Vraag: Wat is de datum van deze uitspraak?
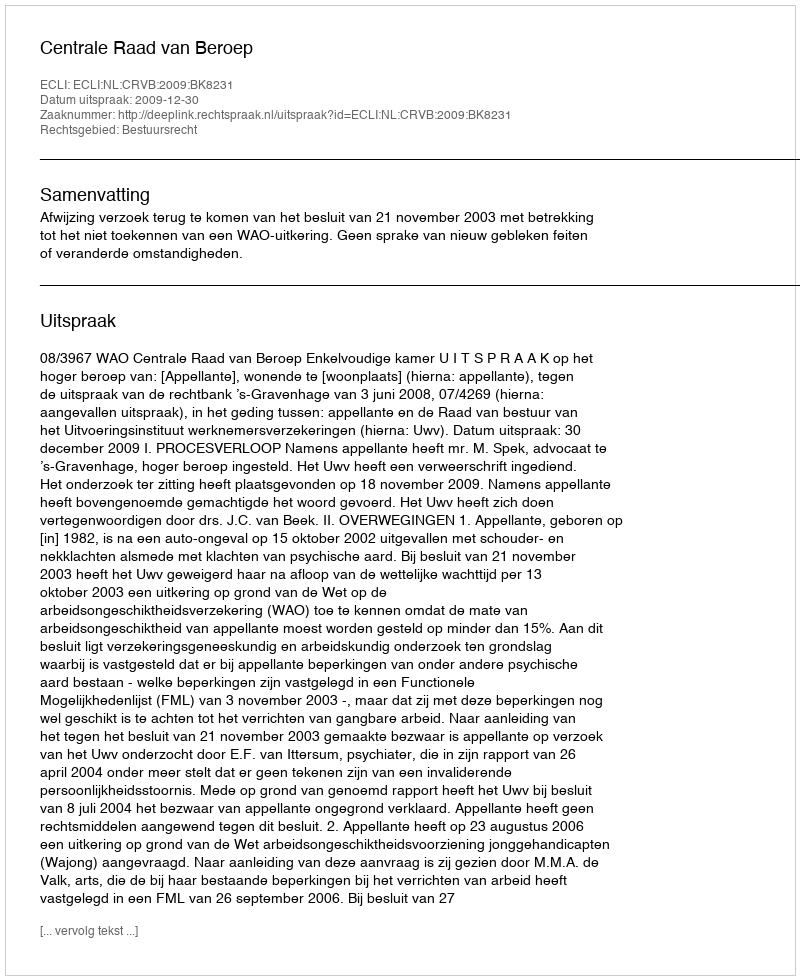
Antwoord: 2009-12-30